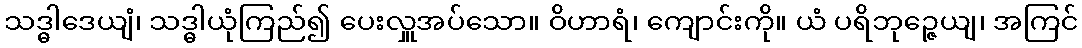
သဒ္ဓါဒေယျံ၊ သဒ္ဓါယုံကြည်၍ ပေးလှူအပ်သော။ ဝိဟာရံ၊ ကျောင်းကို။ ယံ ပရိဘုဉ္ဇေယျ၊ အကြင်